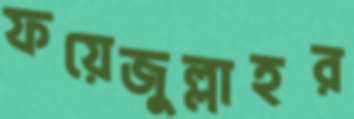
ফয়েজুল্লাহর